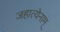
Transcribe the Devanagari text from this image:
जहात्येनाम्‌